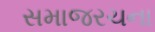
સમાજરચના